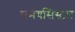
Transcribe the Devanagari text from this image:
समयसिस्टम